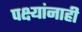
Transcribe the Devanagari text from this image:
पक्ष्यांनाही